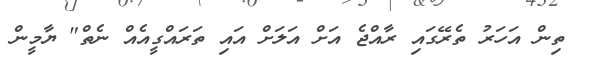
ތިން އަހަރު ތެރޭގައި ރާއްޖެ އަށް އަލަށް އައި ތަރައްގީއެއް ނެތް" ޔާމީން